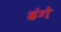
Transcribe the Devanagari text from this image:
ढंगे